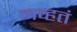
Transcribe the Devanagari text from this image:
नव्‍हतं